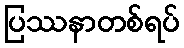
ပြဿနာတစ်ရပ်